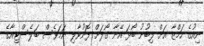
ނިއުގެ ހަމްޒާ އަށް ލިބުނު ބޯޅަ އޭނާ ގޯލަށް ފޮނުވާލި ނަމަވެސް ބަލެސްޓިއާގެ